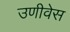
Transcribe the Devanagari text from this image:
उणीवेस